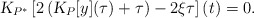
\begin{align*}\textsl{K}_{P^*}\left[2\left(\textsl{K}_P[y](\tau)+\tau\right)-2\xi \tau\right](t)=0.\end{align*}